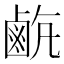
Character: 𪉡